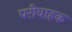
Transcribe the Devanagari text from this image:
परीवाहक